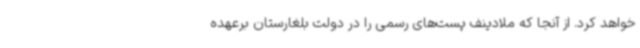
خواهد کرد. از آنجا که ملادینف پست‌های رسمی را در دولت بلغارستان برعهده